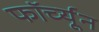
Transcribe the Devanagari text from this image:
फॉर्च्‍यून